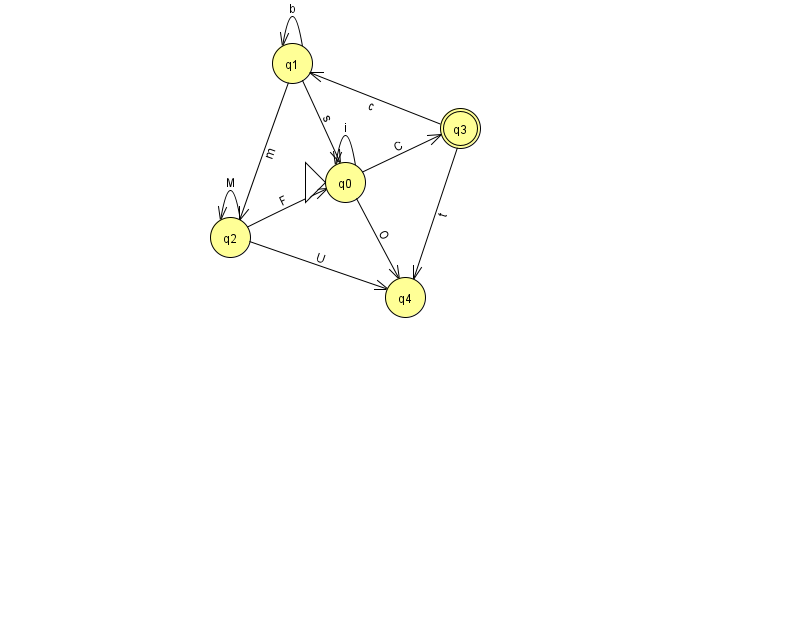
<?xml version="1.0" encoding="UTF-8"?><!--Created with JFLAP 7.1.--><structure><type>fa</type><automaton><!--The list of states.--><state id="0" name="q0"><x>345.0</x><y>169.0</y><initial/></state><state id="1" name="q1"><x>292.0</x><y>50.0</y></state><state id="2" name="q2"><x>230.0</x><y>224.0</y></state><state id="3" name="q3"><x>460.0</x><y>115.0</y><final/></state><state id="4" name="q4"><x>405.0</x><y>284.0</y></state><!--The list of transitions.--><transition><from>1</from><to>0</to><read>s</read></transition><transition><from>0</from><to>3</to><read>C</read></transition><transition><from>0</from><to>4</to><read>O</read></transition><transition><from>1</from><to>1</to><read>b</read></transition><transition><from>3</from><to>1</to><read>c</read></transition><transition><from>2</from><to>0</to><read>F</read></transition><transition><from>2</from><to>4</to><read>U</read></transition><transition><from>0</from><to>0</to><read>i</read></transition><transition><from>3</from><to>4</to><read>t</read></transition><transition><from>2</from><to>2</to><read>M</read></transition><transition><from>1</from><to>2</to><read>m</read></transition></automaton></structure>